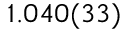
1 . 0 4 0 ( 3 3 )